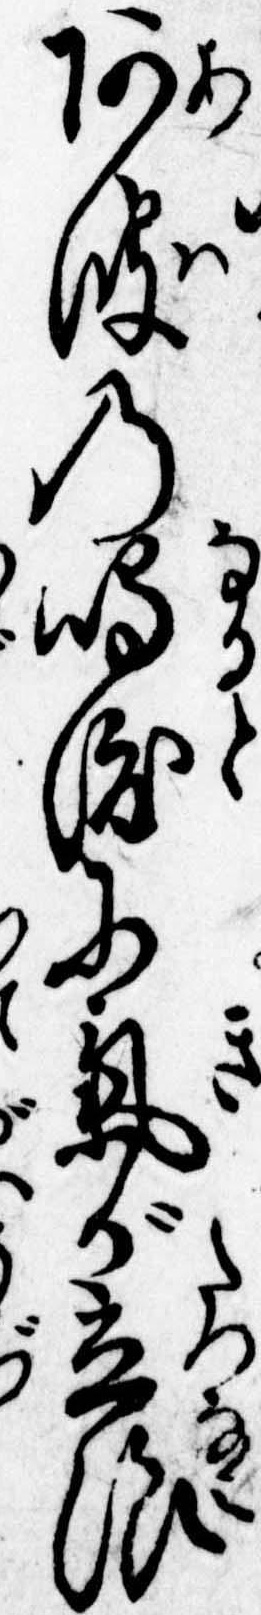
阿波の鳴渡に気が立浪